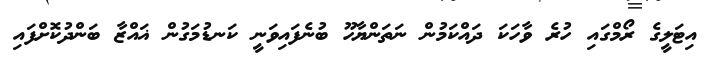
އިޓަލީގެ ރޯމްގައި ހުރެ ވާހަކަ ދައްކަމުން ނަތަންޔާހޫ ބުނެފައިވަނީ ކަނޑުމަގުން ޣައްޒާ ބަންދުކޮށްފައި